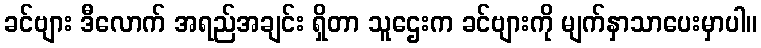
ခင်ဗျား ဒီလောက် အရည်အချင်း ရှိတာ သူဌေးက ခင်ဗျားကို မျက်နှာသာပေးမှာပါ။